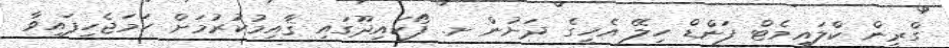
ގްރީން ކްލައިމެޓް ފަންޑް ހިލޭ އެހީގެ ދަށުން ށ. ފޯކައިދޫގައި ޤާއިމުކުރުމަށް ހަމަޖެހިފައިވާ